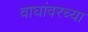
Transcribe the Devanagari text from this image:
वाघांवरच्या